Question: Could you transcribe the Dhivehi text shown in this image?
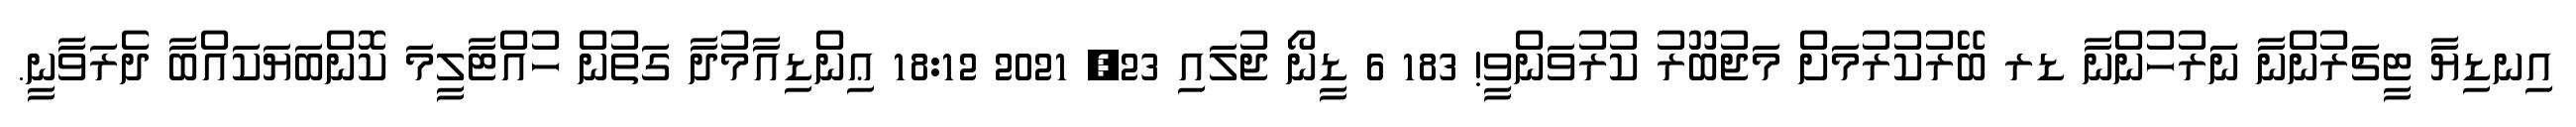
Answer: އިނޑިޔާ ޓީޗަރުންނާ ނަަރުހުންނާ ޑރ ބޭރުކުރުމަށް މަޖުބޫރު ކުރުވަންވީ! 183 6 ޑީނޯ ޖުލައި 23, 2021 18:12 ޢިންޑިއާމުދާ ގަތުން ހުއްޓާލީމަ ކޮންބަޔަކައްބާ ދެރަވާނީ.